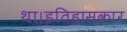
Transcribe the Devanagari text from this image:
था।इतिहासकार